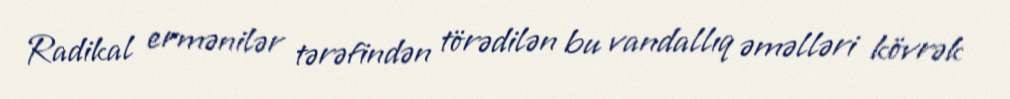
Radikal ermənilər tərəfindən törədilən bu vandallıq əməlləri kövrək